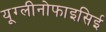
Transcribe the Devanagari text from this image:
यूग्लीनोफाइसिई